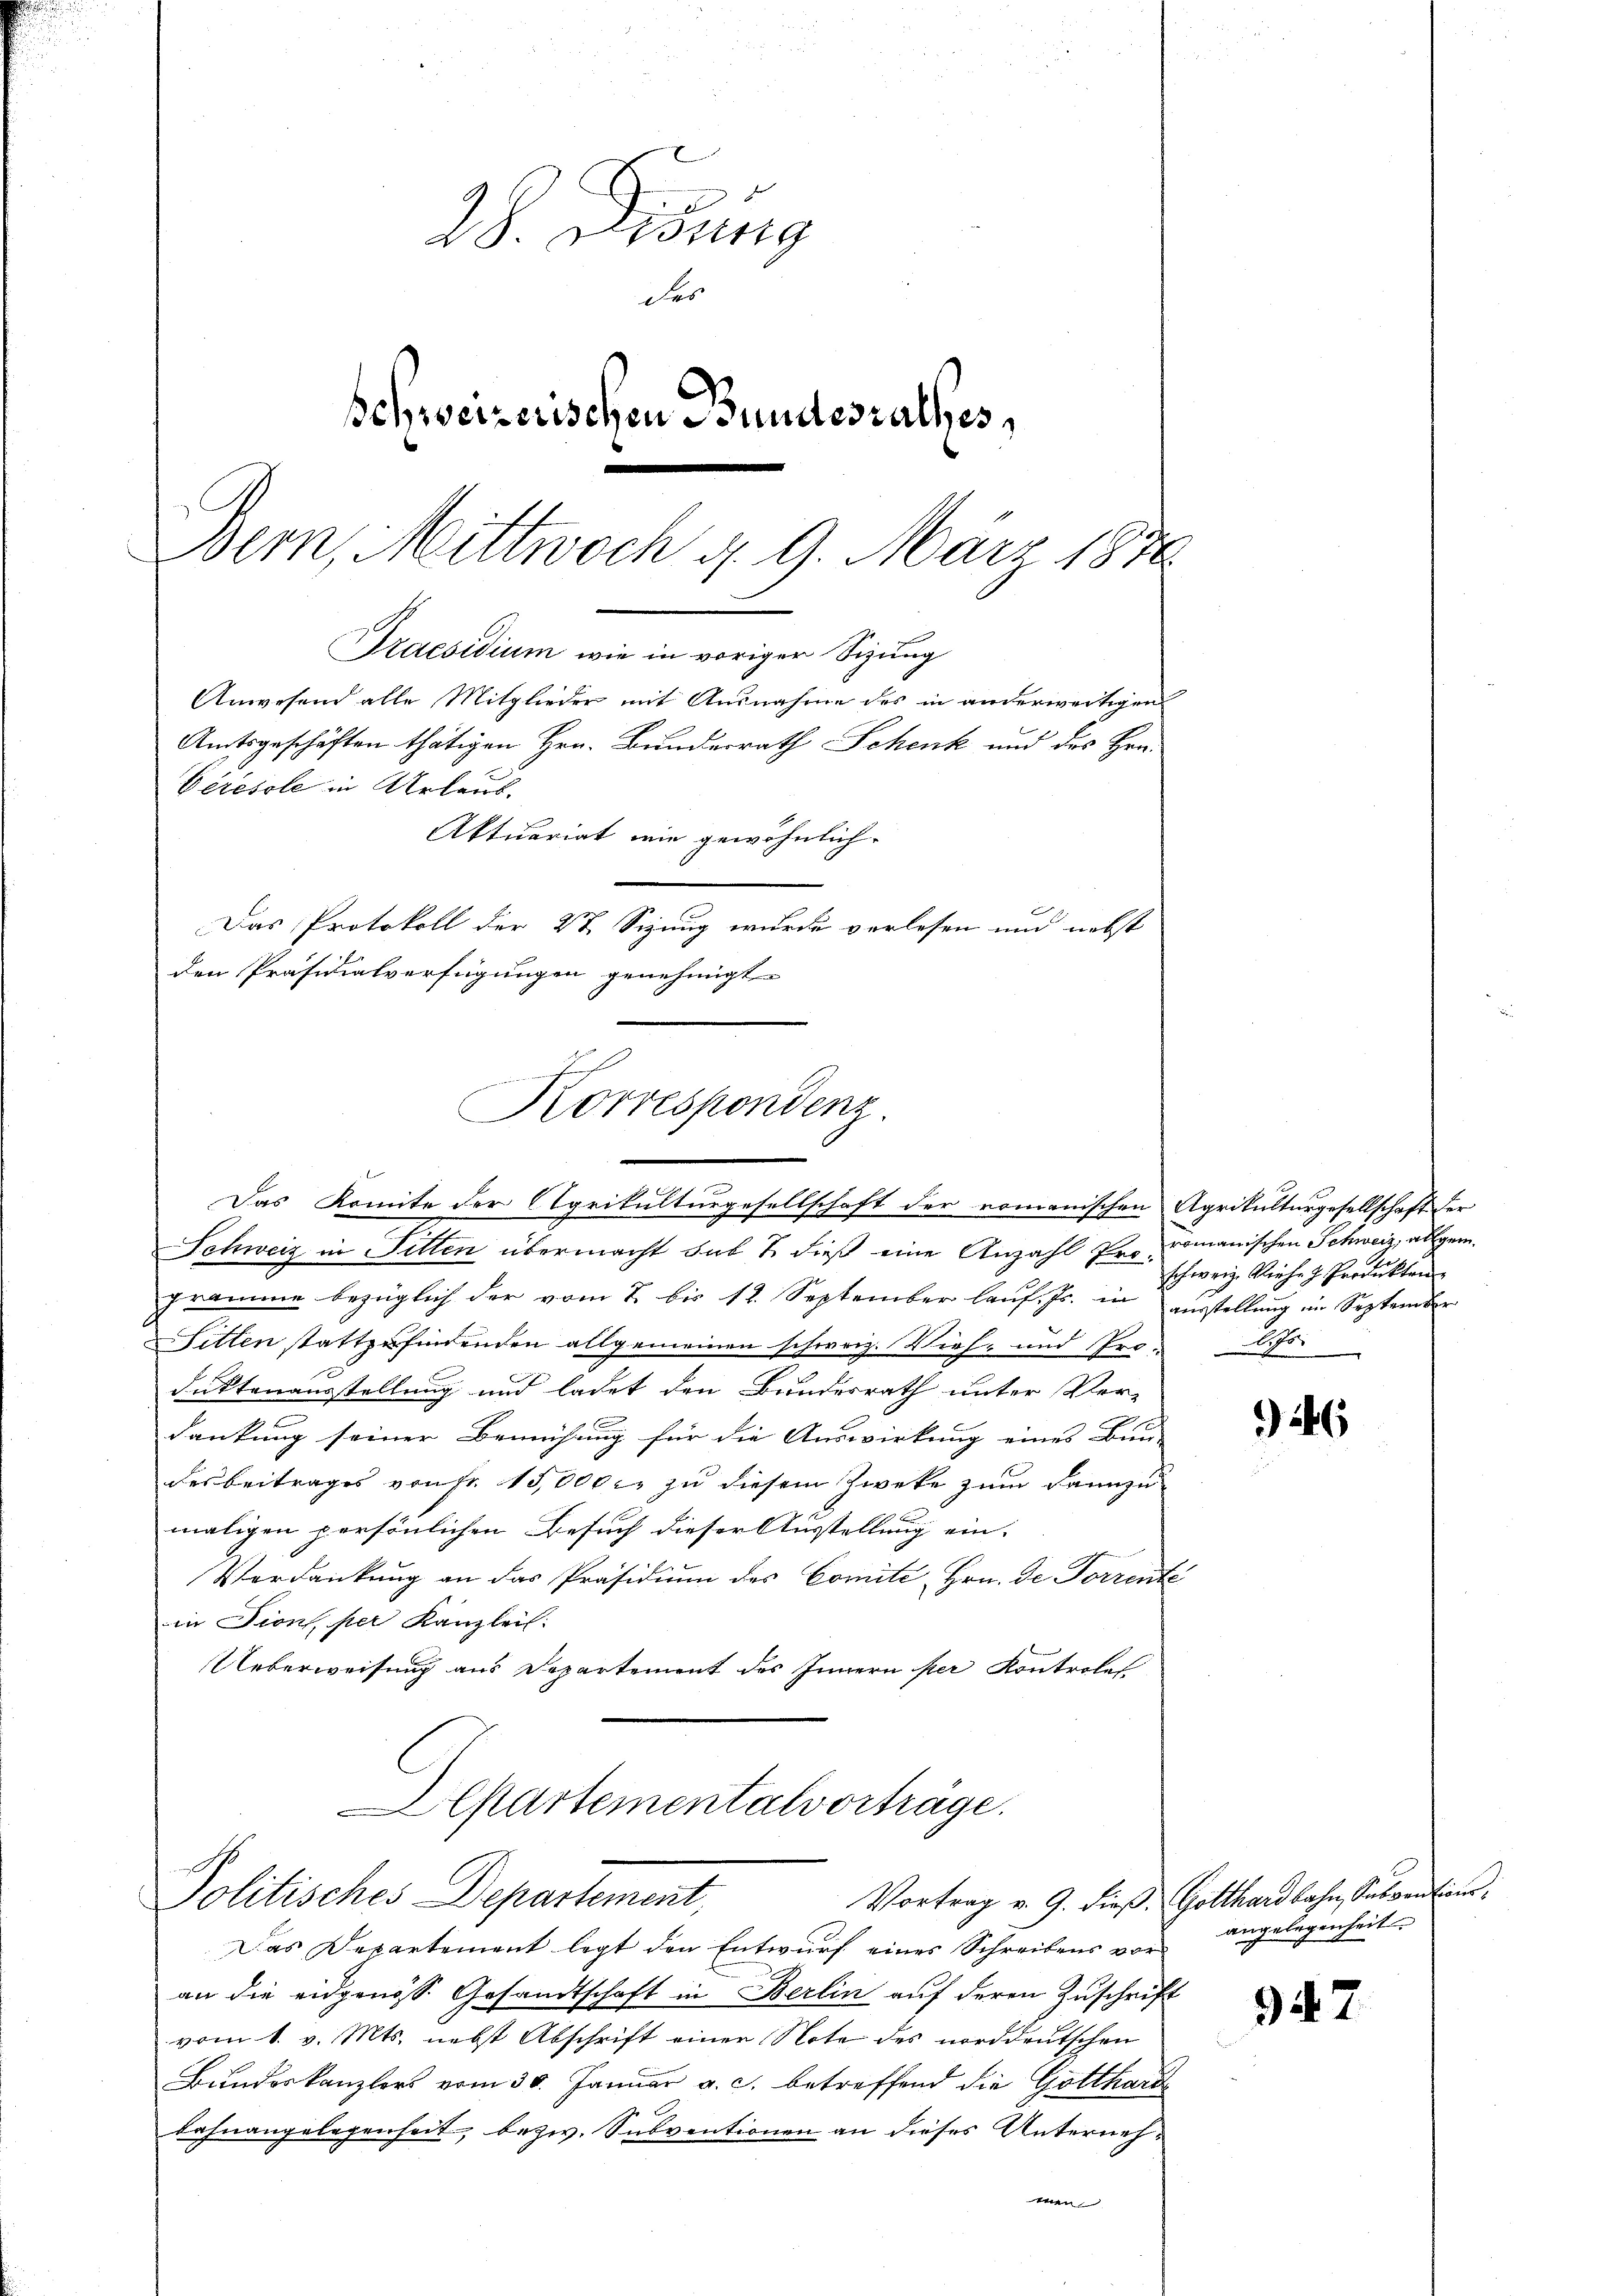
28. Debung
des
schweizerischen Bundesrathes,
Bern, Mittwoch d. 9. März 1876.
Praesidium wie in voriger Sizung
Anwesend alle Mitglieder mit Ausnahme des in anderweitigen
Amtsgeschäften thätigen Hrn. Bundesrath Schenk und des Hrn.
Ceresole in Urlaus
Aktuariat wie gewöhnlich

Das Protokoll der 2t Sizung wurde verlesen und nebst
den Präsidialverfügungen genehmigt

Korrespondenz.
Das Komite der Agrikulturgesellschaft der romanischen Agrikulturgesellschaft der

Schweiz in Fitten übermacht sub & dieß eine Anzahl Pro-romanischen Schweiz, allgem.
gramme bezüglich der vom 2. bis 12. September laŭf. Js. in ausstellung im September
Filten stattzufindenden allgemeinen schweiz. Vieh- und Pro-
duktenausstellung und ladet den Bundesrath unter Ver-
dankung seiner Bemühung für die Auswirkung eines Bien- |
desbeitrages von Fr. 15,000 c. zu diesem Zwecke zum dannzumaligen persönlichen Besuch dieser Ausstellung ein-
Verdankung an das Präsidium des Comite, Hrn. De Forrente
in Dion, per Kanzlei:
Ueberweisung aus Departement des Innern per Kontroles

partementalvorträge.
Politisches Departement,

Das Departement legt den Entwurf eines Schreibens voran die eidgenöss. Gesandtschaft in Berlin auf deren Zuschrift
vom 1. v. Mts. nebst Abschrift einer Note des norddeutschen
Bundeskanzlers vom 30. Januar a. c. betreffend die Gotthard
Dahnangelegenheit, bezw. Subventionen an dieses Unternehmen

schweiz. Riehe J. Produkten

946

Vortrag v. 9. dieß, Gotthardbahn, Subventionsangelegenheit.

947